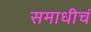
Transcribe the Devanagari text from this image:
समाधीचं